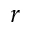
r